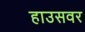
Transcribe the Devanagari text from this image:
हाउसवर